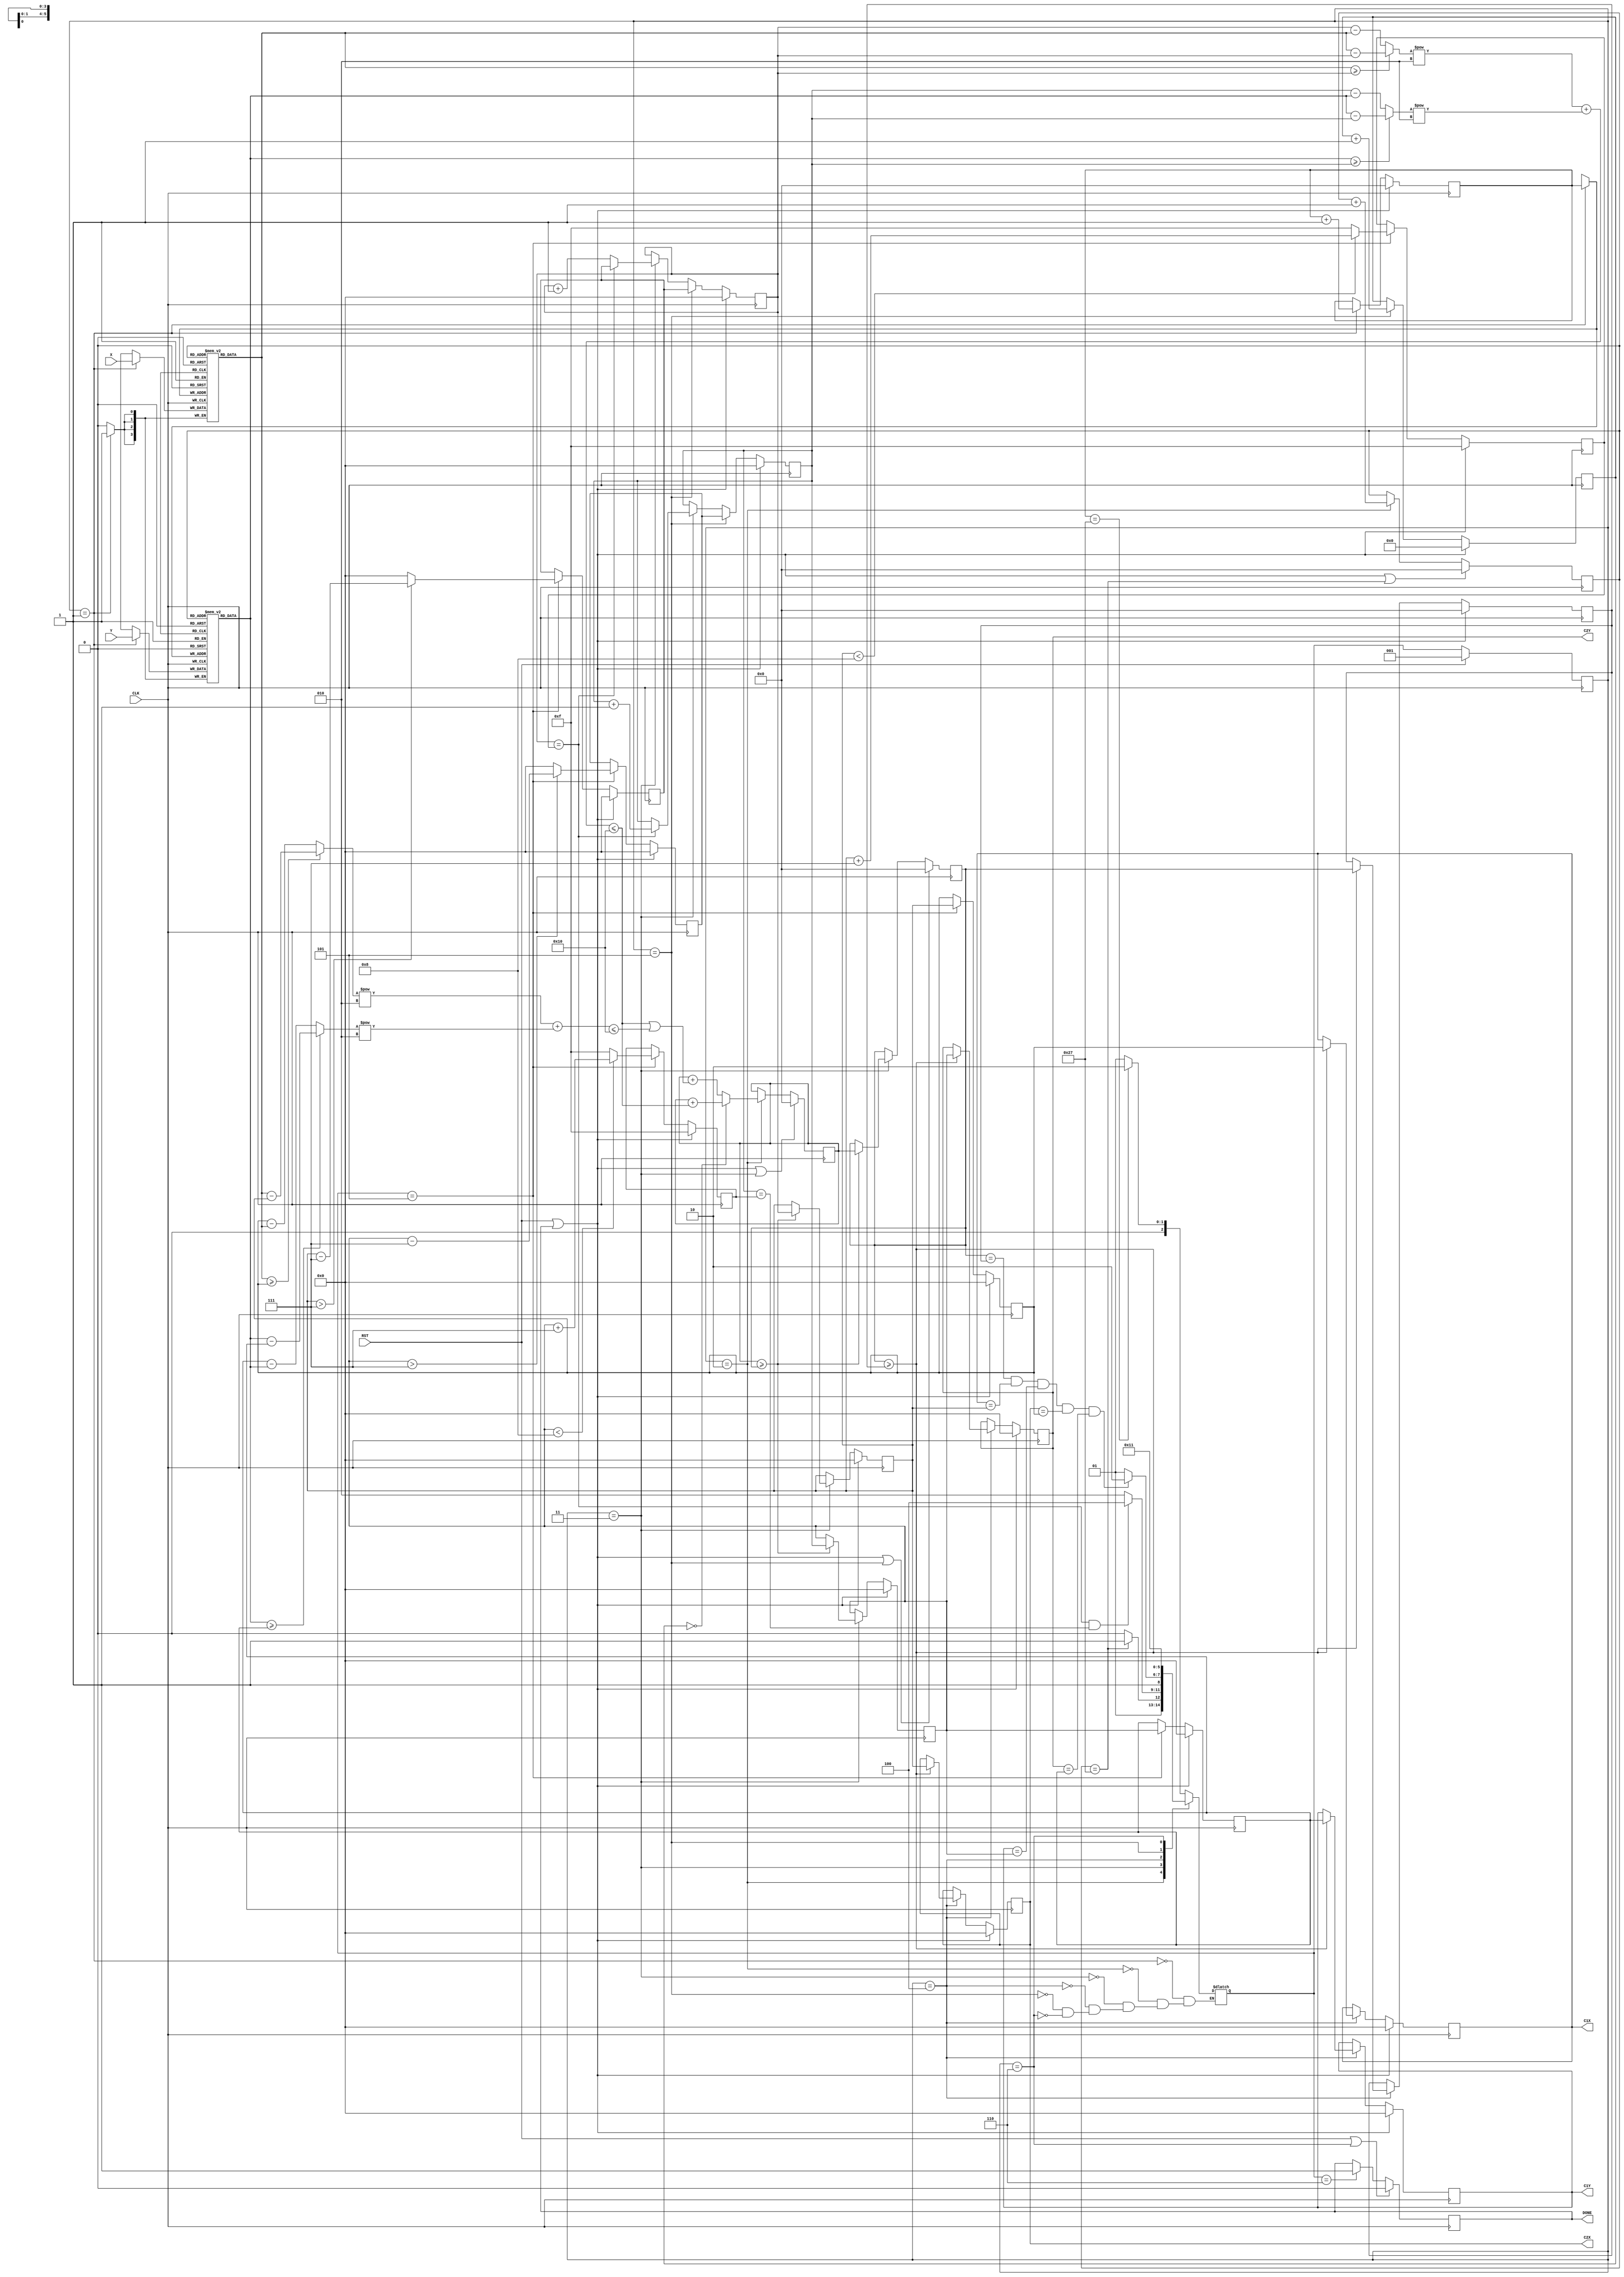
module LASER (
input CLK,
input RST,
input [3:0] X,
input [3:0] Y,
output reg [3:0] C1X,
output reg [3:0] C1Y,
output reg [3:0] C2X,
output reg [3:0] C2Y,
output reg DONE);

    // State
    parameter RECEIVE        = 3'd1;
    parameter FIND_MAX_COVER = 3'd2;
    parameter CHECK_1        = 3'd3;
    parameter CHECK_2        = 3'd4;
    parameter FIX_POINT      = 3'd5;
    parameter FINISH         = 3'd6;

    reg [2:0] current_state;
    reg [2:0] next_state;

    reg [5:0] receive_count;
    reg [5:0] target_idx;                                      // dot for calculating distance 

    reg [5:0] tem_cover_count;                                 // cover count of every scan of 40 targets
    reg [5:0] max_cover_count;                                 // max cover count of every scan of 256 dots
    reg [5:0] iter_cover_count;                                // max cover count of all iteration

    wire [3:0] x_target, y_target;                             // x, y of target_idx for calculating distance
    wire [3:0] dist_x1, dist_y1;                               // abs of intercept of target_idx and search_pos
    wire [3:0] dist_x2, dist_y2;                               // abs of intercept of fix_pos and search_pos
    wire [8:0] dist_sq1, dist_sq2;                             // distance square

    reg [3:0] x, y;                                            // position for searching
    reg [3:0] x_l_limit, x_r_limit, y_u_limit, y_d_limit;      // limit of position
    reg [3:0] x_fix, y_fix;                                    // fixed position
    reg [3:0] x_max, y_max;                                    // position with fixed position have max cover count
    reg [3:0] x1_iter, y1_iter;                                // position 1
    reg [3:0] x2_iter, y2_iter;                                // position 2               // position 1 and postion 2 are the two positions which can cover most targets simultaneously after one iteration
    
    reg [3:0] Xlist [0:39];
    reg [3:0] Ylist [0:39];
    reg [8:0] iteration;

    
    // State update
    always @(posedge CLK) begin
        if(RST) current_state <= RECEIVE;
        else    current_state <= next_state;
    end

    // Next state logic
    always @(*) begin
        case (current_state)
            RECEIVE: begin
                if(receive_count == 6'd39) next_state = FIND_MAX_COVER;
                else                       next_state = RECEIVE;
            end
            FIND_MAX_COVER: begin
                if(target_idx == 6'd39) next_state = CHECK_1;
                else                    next_state = FIND_MAX_COVER;
            end
            CHECK_1: begin
                if(x == x_r_limit && y == y_d_limit) next_state = CHECK_2;
                else                                 next_state = FIND_MAX_COVER; 
            end
            CHECK_2: begin
                if(max_cover_count == iter_cover_count 
                    && x1_iter == x_max && y1_iter == y_max 
                    && x2_iter == x_fix && y2_iter == y_fix)
                    next_state = FINISH;
                else
                    next_state = FIX_POINT;
            end
            FIX_POINT: next_state = FIND_MAX_COVER;
            FINISH: next_state = RECEIVE;
        endcase
    end

    // receive_count
    always @(posedge CLK) begin
        if(RST || DONE)
            receive_count <= 6'd0;
        else if(current_state == RECEIVE) begin
            receive_count <= receive_count + 1'd1;
        end
    end

    // Xlist, Ylist
    always @(posedge CLK) begin
        if(current_state == RECEIVE) begin
            Xlist[receive_count] <= X;
            Ylist[receive_count] <= Y;
        end
    end

    // target_idx
    always @(posedge CLK) begin
        if(RST || DONE || target_idx == 6'd39)
            target_idx <= 6'd0;
        else if(current_state == FIND_MAX_COVER)
            target_idx <= target_idx + 1'd1;
    end

    // x, y
    always @(posedge CLK) begin
        if(RST || DONE) begin
            x <= 4'd0;
            y <= 4'd0;
        end
        else if(current_state == FIX_POINT) begin
            x <= x_l_limit;
            y <= y_u_limit;
        end
        else if(current_state == CHECK_1) begin
            if(x == x_r_limit) begin
                x <= x_l_limit;
                y <= y + 1'd1;
            end
            else
                x <= x + 1'd1;
        end
    end

    // x_l_limit, x_r_limit, y_u_limit, y_d_limit
    always @(posedge CLK) begin
        if(RST || DONE) begin
            x_l_limit <= 4'd0;
            x_r_limit <= 4'd15;
            y_u_limit <= 4'd0;
            y_d_limit <= 4'd15;
        end
        else if(next_state == FIX_POINT) begin
            x_l_limit <= (x_max > 4'd7) ? (x_max - 4'd7) : 4'd0;
            x_r_limit <= (x_max < 4'd8) ? (x_max + 4'd7) : 4'd15;
            y_u_limit <= (y_max > 4'd7) ? (y_max - 4'd7) : 4'd0;
            y_d_limit <= (y_max < 4'd8) ? (y_max + 4'd7) : 4'd15;
        end
    end

    // distance square
    assign x_target = Xlist[target_idx];
    assign y_target = Ylist[target_idx];
    assign dist_x1 = (x_target >= x) ? (x_target-x) : (x-x_target);  // abs
    assign dist_y1 = (y_target >= y) ? (y_target-y) : (y-y_target);  // abs
    assign dist_sq1 = dist_x1**2 + dist_y1**2;

    assign dist_x2 = (x_target >= x_fix) ? (x_target-x_fix) : (x_fix-x_target);
    assign dist_y2 = (y_target >= y_fix) ? (y_target-y_fix) : (y_fix-y_target);
    assign dist_sq2 = dist_x2**2 + dist_y2**2;

    // tem_cover_count
    always @(posedge CLK) begin
        if(RST || DONE || current_state == CHECK_1)
            tem_cover_count <= 6'd0;
        else if(current_state == FIND_MAX_COVER) begin
            if(iteration == 0)
                tem_cover_count <= tem_cover_count + (dist_sq1 <= 9'd16);
            else
                tem_cover_count <= tem_cover_count + ((dist_sq1 <= 9'd16) || (dist_sq2 <= 9'd16));
        end
    end

    // max_cover_count
    always @(posedge CLK) begin
        if(RST || DONE || current_state == FIX_POINT)
            max_cover_count <= 6'd0;
        else if(current_state == CHECK_1) begin
            if(tem_cover_count >= max_cover_count)
                max_cover_count <= tem_cover_count;
        end
    end

    // iter_cover_count
    always @(posedge CLK) begin
        if(RST || DONE)
            iter_cover_count <= 6'd0;
        else if(current_state == CHECK_2) begin
            if(max_cover_count >= iter_cover_count)
                iter_cover_count <= max_cover_count;
        end
    end

    // iteration
    always @(posedge CLK) begin
        if(RST || DONE)
            iteration <= 4'd0;
        else if(current_state == FIX_POINT)
            iteration <= iteration + 1'd1; 
    end

    // x_max, y_max
    always @(posedge CLK) begin
        if(RST || DONE) begin
            x_max <= 4'd0;
            y_max <= 4'd0;
        end
        else if(current_state == CHECK_1) begin
            if(tem_cover_count >= max_cover_count) begin
                x_max <= x;
                y_max <= y;
            end
        end
    end

    // x_fix, y_fix
    always @(posedge CLK) begin
        if(RST || DONE) begin
            x_fix <= 4'd0;
            y_fix <= 4'd0;
        end
        else if(next_state == FIX_POINT) begin
            x_fix <= x_max;
            y_fix <= y_max;
        end
    end

    // x1_iter, y1_iter, x2_iter, y2_iter
    always @(posedge CLK) begin
        if(RST || DONE) begin
            x1_iter <= 4'd0;
            y1_iter <= 4'd0;
            x2_iter <= 4'd0;
            y2_iter <= 4'd0;
        end
        else if(current_state == CHECK_2) begin
            if(max_cover_count >= iter_cover_count) begin
                x1_iter <= x_fix;
                y1_iter <= y_fix;
                x2_iter <= x_max;
                y2_iter <= y_max;
            end
        end
    end

    // OUTPUT 
    // C1X, C1Y, C2X, C2Y
    always @(*) begin
        C1X = x1_iter;
        C1Y = y1_iter;
        C2X = x2_iter;
        C2Y = y2_iter;
    end

    // DONE
    always @(posedge CLK) begin
        if(RST || current_state == FINISH)
            DONE <= 1'd0;
        else if(next_state == FINISH)
            DONE <= 1'd1;
    end

endmodule